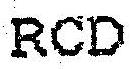
RCD